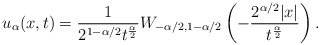
\begin{align*}u_{\alpha}(x,t)=\frac{1}{2^{1-\alpha/2}t^{\frac{\alpha}{2}}}W_{-\alpha/2, 1-\alpha/2}\left(-\frac{2^{\alpha/2}|x|}{t^{\frac{\alpha}{2}}}\right).\end{align*}